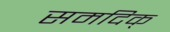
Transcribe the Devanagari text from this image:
समदिक्‌